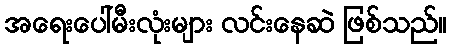
အရေးပေါ်မီးလုံးများ လင်းနေဆဲ ဖြစ်သည်။